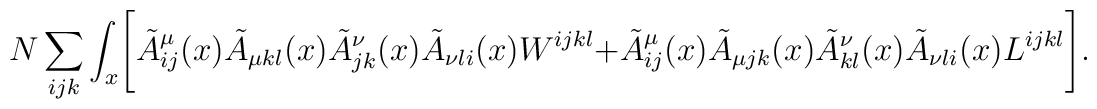
N\sum_{ijk}\int_x \Biggl[\tilde{A}^\mu_{ij}(x)\tilde{A}_{\mu kl}(x)\tilde{A}^\nu_{jk}(x)\tilde{A}_{\nu li}(x) W^{ijkl}+\tilde{A}^\mu_{ij}(x)\tilde{A}_{\mu jk}(x)\tilde{A}^\nu_{kl}(x)\tilde{A}_{\nu li}(x) L^{ijkl}\Biggr].